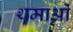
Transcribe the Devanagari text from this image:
थमाओं